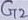
Text: G2